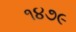
૧૪૭૯